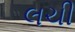
લચી